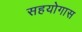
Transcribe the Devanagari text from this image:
सहयोगास